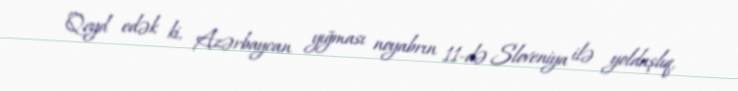
Qeyd edək ki, Azərbaycan yığması noyabrın 11-də Sloveniya ilə yoldaşlıq,